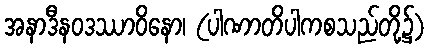
အနာဒီနဝဒဿာဝိနော၊ (ပါဏာတိပါကစသည်တို့၌)